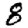
Digit: 8